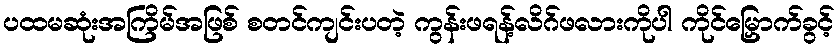
ပထမဆုံးအကြိမ်အဖြစ် စတင်ကျင်းပတဲ့ ကွန်းဖရန့်လိဂ်ဖလားကိုပါ ကိုင်မြှောက်ခွင့်